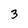
Character: 3